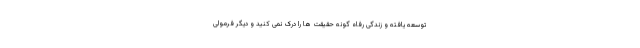
توسعه یافته و زندگی رفاه گونه حقیقت ها را درک نمی کنید و دیگر فرمولی